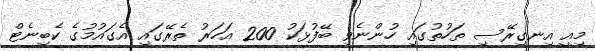
މިއީ އިނގިރޭސި ތަހުތުގައި ހުންނެވި ބޭފުޅަކު 200 އަހަރު ތެރޭގައި އެގައުމުގެ ކެބިނެޓް